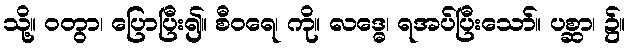
သို့။ ဝတွာ၊ ပြောပြီး၍။ စီဝရေ၊ ကို။ လဒ္ဓေ၊ ရအပ်ပြီးသော်။ ပစ္ဆာ၊ ၌။